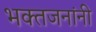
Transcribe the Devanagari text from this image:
भक्तजनांनी